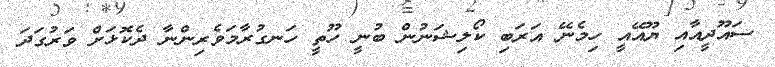
ސައޫދީއާއި ޔޫއޭއީ ހިމެނޭ އަރަބި ކޯލިޝަނުން ބުނީ ހޫތީ ހަނގުރާމަވެރިންނާ ދެކޮޅަށް ވަރުގަދަ